Lunatic asylums in Bengal annual reports 1899-1911 - 1899-1911
Year: 1899
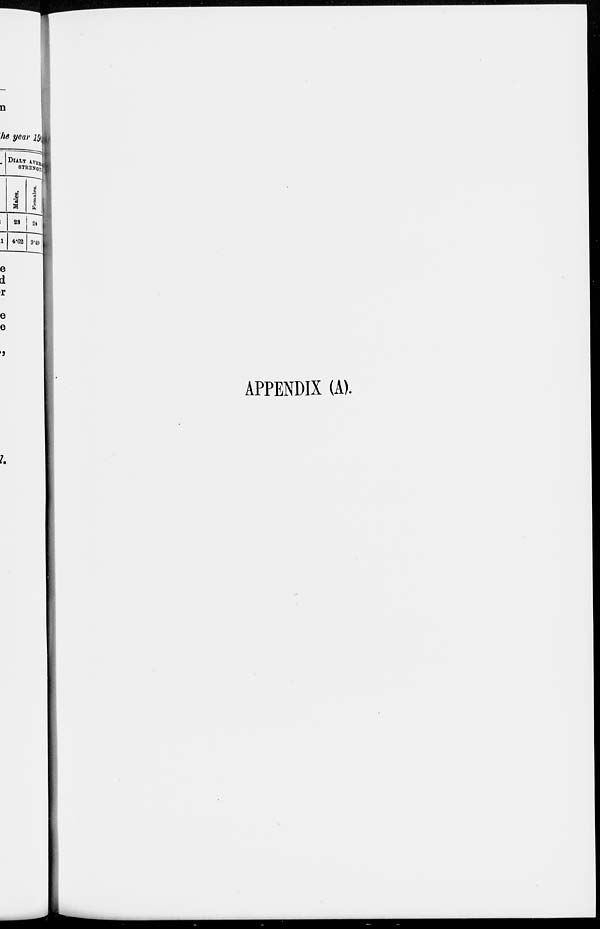
APPENDIX (A).